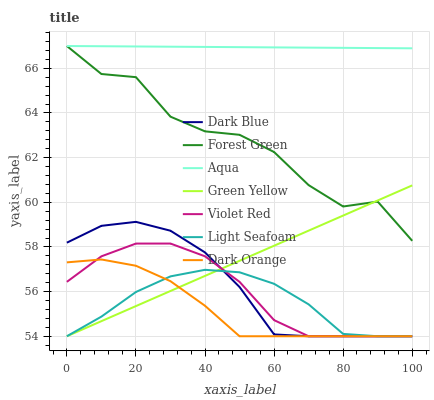
| xaxis_label | Dark Blue | Forest Green | Aqua | Green Yellow | Violet Red | Light Seafoam | Dark Orange |
 | --- | --- | --- | --- | --- | --- | --- | --- |
 | 0 | 58.2 | 67 | 67 | 54 | 56.4 | 54 | 57.3 |
 | 10 | 58.9 | 65.7 | 67 | 54.7 | 57.6 | 54.9 | 57.4 |
 | 20 | 59.1 | 65.6 | 67 | 55.4 | 58.2 | 56 | 57.2 |
 | 30 | 58.7 | 63.8 | 67 | 56 | 58.2 | 56.7 | 56.5 |
 | 40 | 57.8 | 63.2 | 67 | 56.7 | 57.6 | 57 | 55.4 |
 | 50 | 56.2 | 63 | 66.9 | 57.4 | 56.4 | 56.9 | 54 |
 | 60 | 54.1 | 62.3 | 66.9 | 58.1 | 54.7 | 56.3 | 54 |
 | 70 | 54 | 60.8 | 66.9 | 58.7 | 54 | 55.4 | 54 |
 | 80 | 54 | 59.8 | 66.9 | 59.4 | 54 | 54.1 | 54 |
 | 90 | 54 | 60 | 66.9 | 60.1 | 54 | 54 | 54 |
 | 100 | 54 | 58.3 | 66.9 | 60.8 | 54 | 54 | 54 |